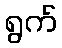
ရွက်